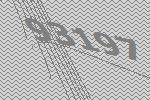
93197